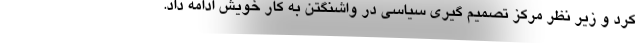
کرد و زیر نظر مرکز تصمیم گیری سیاسی در واشنگتن به کار خویش ادامه داد.